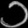
Digit: ၁